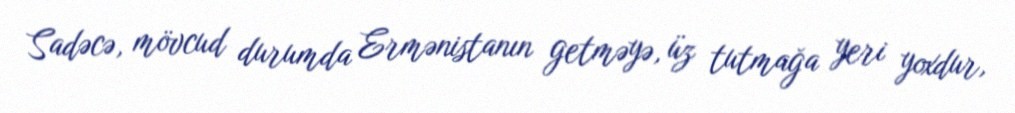
Sadəcə, mövcud durumda Ermənistanın getməyə, üz tutmağa yeri yoxdur,